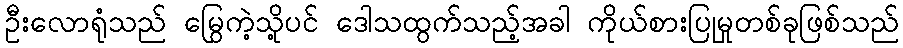
ဦးလောရုံသည် မြွေကဲ့သို့ပင် ဒေါသထွက်သည့်အခါ ကိုယ်စားပြုမှုတစ်ခုဖြစ်သည်